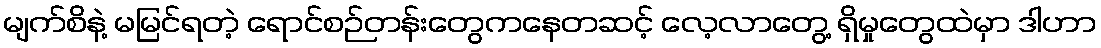
မျက်စိနဲ့ မမြင်ရတဲ့ ရောင်စဉ်တန်းတွေကနေတဆင့် လေ့လာတွေ့ ရှိမှုတွေထဲမှာ ဒါဟာ